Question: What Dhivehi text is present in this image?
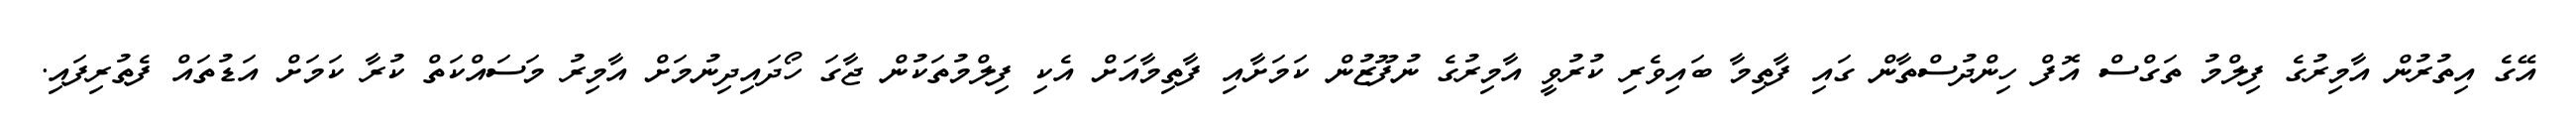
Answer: އޭގެ އިތުރުން އާމިރުގެ ފިލްމު ތަގްސް އޮފް ހިންދުސްތާން ގައި ފާތިމާ ބައިވެރި ކުރުވީ އާމިރުގެ ނުފޫޒުން ކަމަށާއި ފާތިމާއަށް އެކި ފިލްމުތަކުން ޖާގަ ހޯދައިދިނުމަށް އާމިރު މަސައްކަތް ކުރާ ކަމަށް އަޑުތައް ފެތުރިފައި.